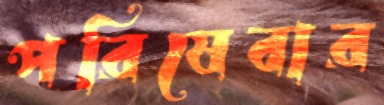
পরিষেবার